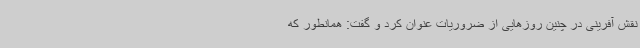
نقش آفرینی در چنین روزهایی از ضروریات عنوان کرد و گفت: همانطور که